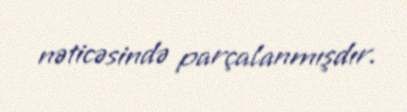
nəticəsində parçalanmışdır.